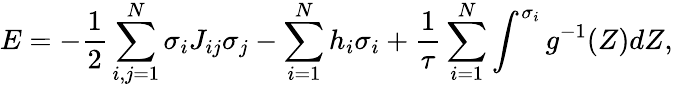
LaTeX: E=-\frac{1}{2}\sum_{i,j=1}^{N}\sigma_{i}J_{ij}\sigma_{j}-\sum_{i=1}^{N}h_{i}\sigma_{i}+\frac{1}{\tau}\sum_{i=1}^{N}\int^{\sigma_{i}}g^{-1}(Z)dZ,